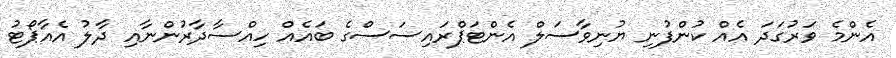
އެންމެ ވަރުގަދަ އެއް ކުންފުނި ޔުނިވާސަލް އެންޓަޕްރައިސަސްގެ ބައެއް ހިއްސާދާރުންނާއި ދާލު އެއާޕޯޓު